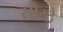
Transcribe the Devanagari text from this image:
सोरठे